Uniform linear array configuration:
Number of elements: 16
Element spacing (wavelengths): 0.25
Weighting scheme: uniform
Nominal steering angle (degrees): -30
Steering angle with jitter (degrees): -28.863
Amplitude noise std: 0.05
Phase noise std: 0.05

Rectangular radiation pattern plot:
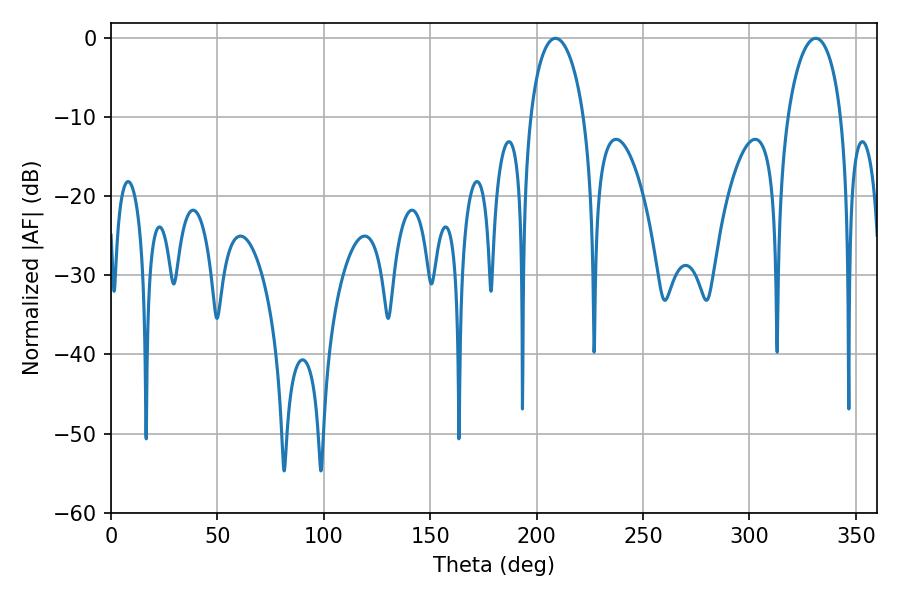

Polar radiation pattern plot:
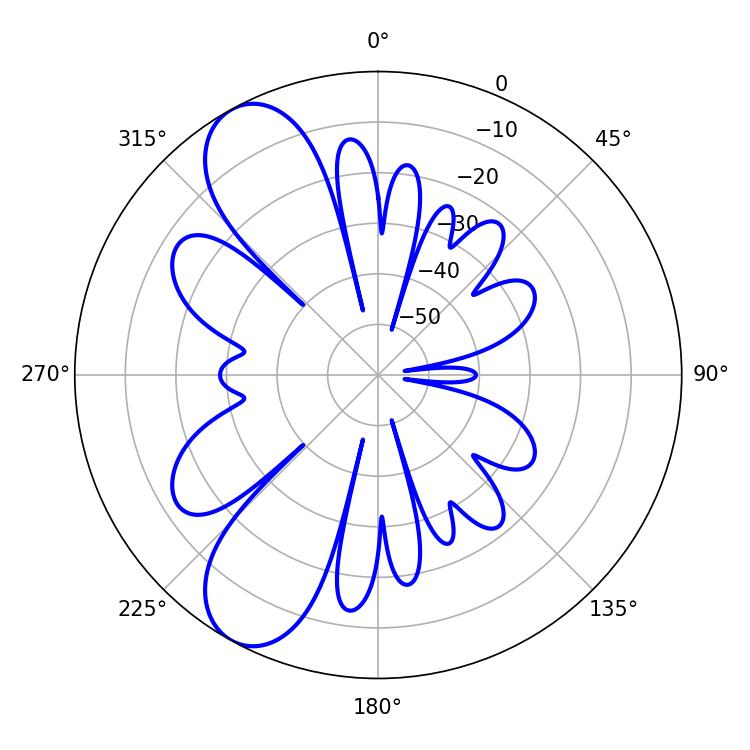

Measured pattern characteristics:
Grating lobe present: FALSE
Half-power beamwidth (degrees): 14.4
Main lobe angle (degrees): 208.8